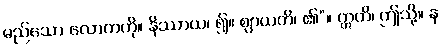
မည်သော လောကကို။ နိဿာယ၊ ၍။ ဈာယတိ၊ ၏”။ ဣတိ၊ ဤသို့။ န